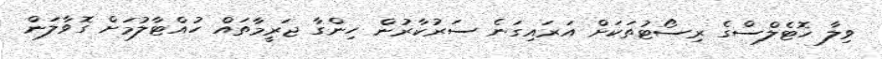
ވިލާ ހޮޓެލްސްގެ ރިސޯޓުތަކަށް އަރައިގަނެ ސަރުކާރުން ހިންގާ ޖަރީމާތައް ހުއްޓާލުމަށް ގޮވާލަން